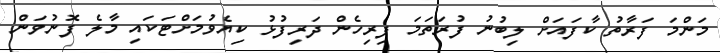
މަންމަ ފަރާތު ކާފައަށް ލިބުނު ފުރަތަމަ ފިރިހެން ދަރިފުޅު ކިޔެވުމަށްޓަކައި މާލެ ފޮނުވަން